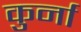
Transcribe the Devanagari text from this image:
कुर्ना